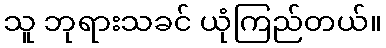
သူ ဘုရားသခင် ယုံကြည်တယ်။